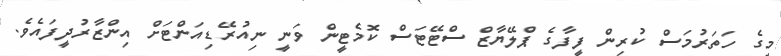
މީގެ ހަތަރުމަސް ކުރިން ފީފާގެ ޕްލޭޔާޒް ސްޓޭޓަސް ކޮމެޓީން ވަނީ ނިއުރޭޑިއަންޓަށް އިންޒާރުދީފައެވެ.